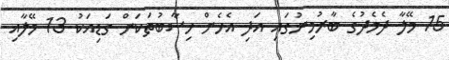
15 މޭލާ ދެމެދުގެ ބާރުމިނުގައި އަދި އެހެން ހިސާބުތަކަށް ގަޑިއަކު 13 މޭލާއި